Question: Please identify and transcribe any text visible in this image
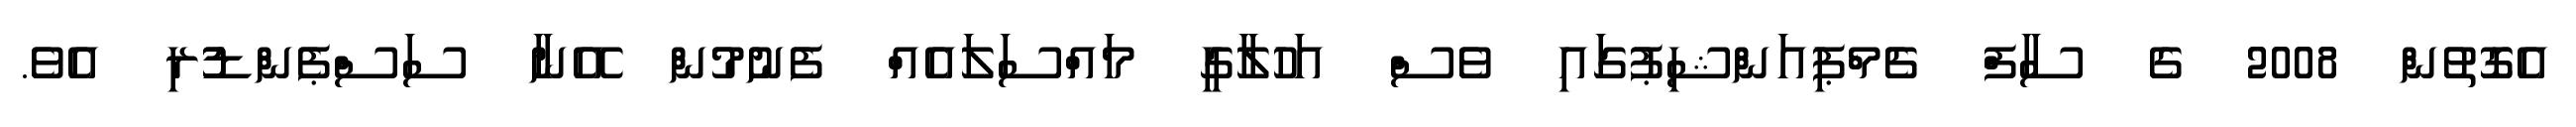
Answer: އެގޮތުން 2008 ގެ ސާފް ޗެމްޕިއަންޝިޕުގައި ވެސް އަހުލާގީ މައްސަލައެއް ފެނުމުން އޭނާ ސަސްޕެންޑުުރި އެވެ.